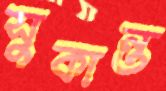
সুকান্ত